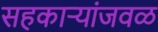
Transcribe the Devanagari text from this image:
सहकार्‍यांजवळ